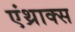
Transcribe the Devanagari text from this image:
एंथ्राक्स